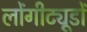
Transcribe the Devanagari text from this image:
लोंगीट्यूडों